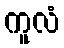
ကူလံ